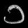
Digit: ၁